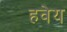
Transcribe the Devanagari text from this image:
हवेय